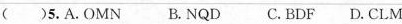
( )5.A.OMN B. NQDC. BDF D. CLM